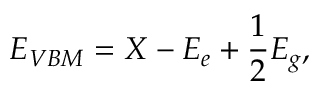
E _ { V B M } = X - E _ { e } + \frac { 1 } { 2 } E _ { g } ,